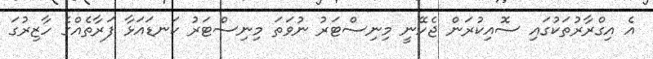
އެ އިގްރާރުތަކުގައި ސޮއިކުރަން ޖެހޭނީ މިނިސްޓަރު ނުވަތަ މިނިސްޓަރު ކަނޑައަޅާ ފަރާތެއްގެ ހާޒިރުގަ